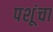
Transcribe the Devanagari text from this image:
पशूंचा